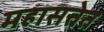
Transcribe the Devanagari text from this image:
महासत्तेत